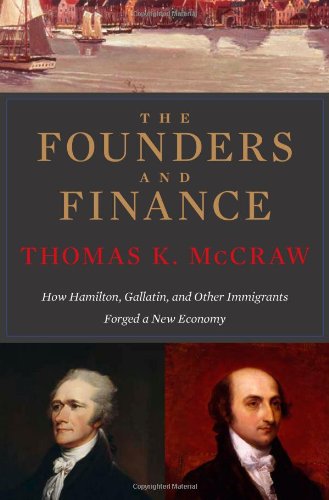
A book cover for The Founders and Finance: How Hamilton, Gallatin, and Other Immigrants Forged a New Economy; Thomas K. McCraw; History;